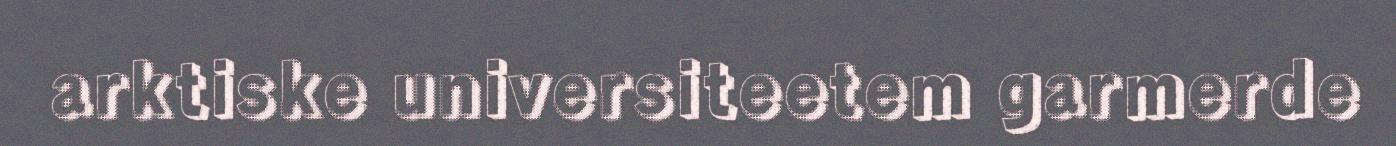
arktiske universiteetem garmerde